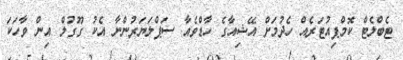
ޓެބްލެޓް ކޮމްޕިއުޓަރެއް ހެދުމަށް އޭޝިއާގެ ހާޑްވެއާ ސަޕްލަޔަރުންނާ އެކު ގޫގުލް އިން ވާހަކަ